Civil Veterinary Department Bihar & Orissa reports 1911-21 - 1911-1921
Year: 1911
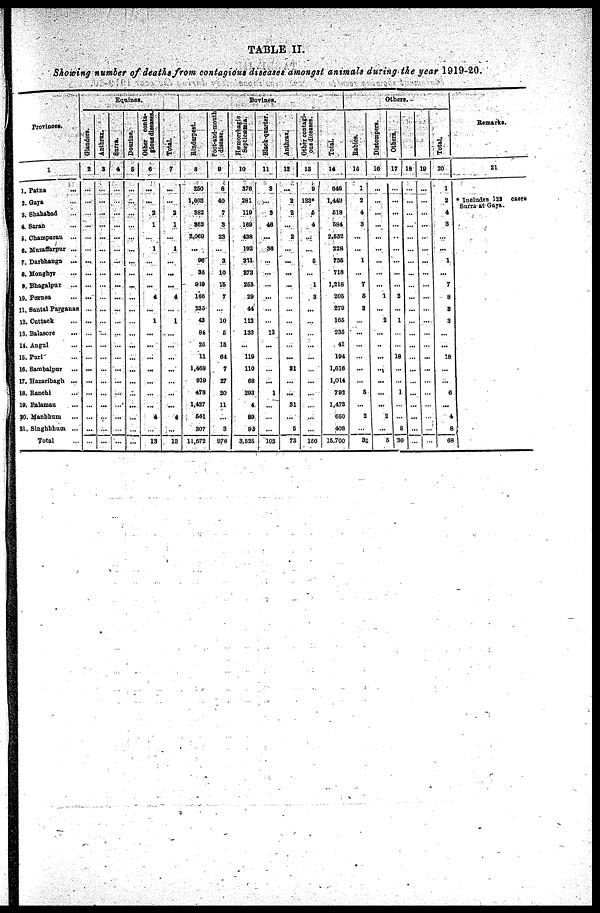
TABLE II.
Showing number of deaths from contagious diseases amongst animals during the year 1919-20.
Provinces .
1
1. Patna ...
2. Gaya ...
3. Shahabad ...
4. Saran ...
5. Champaran
...
6. Muzaffarpur ...
7. Darbhanga
...
8. Mooghyr ...
9. Bhagalpur
...
10. Purnea ...
11. Santal Parganae
12. Cuttack ...
13. Balasore ...
14. Angul ...
15. Puri ...
16. Sambalpur ...
17. Hazaribagh ...
18. Ranchi ...
19. Palamau ...
20. Manbham ...
21. Singhbhum ...
Total ...
Equines.
Glanders.
2
...
...
...
...
...
...
...
...
...
...
...
...
...
...
...
...
...
...
...
...
...
...
Anthrax.
3
...
...
...
...
...
...
...
...
...
...
...
...
...
...
...
...
...
...
...
...
...
...
Surra .
4
...
...
...
...
...
...
...
...
...
...
...
...
...
...
...
...
...
...
...
...
...
...
Dourine.
5
...
...
...
...
...
...
...
...
...
...
...
...
...
...
...
...
...
...
...
...
...
...
Other conts-
gious disease.
6
...
...
2
1
...
1
...
...
...
4
...
1
...
...
...
...
...
...
...
4
...
13
Total.
7
...
...
2
1
...
1
...
...
...
4
...
1
...
...
...
...
...
...
...
4
...
13
Bovines.
Rinderpest.
8
250
1,003
382
862
2.069
...
96
30
919
160
236
43
81
20
11
1,408
919
478
1.427
561
307
11.672
Foot-and-mouth
disease.
9
8
40
7
3
23
...
3
10
16
7
...
10
6
16
61
7
27
20
11
...
3
278
Hæmorrhagic
Septicæmia.
10
376
281
119
169
438
192
311
273
263
29
44
113
133
...
119
110
68
293
4
89
91
3.625
Black-quarter.
11
8
...
3
46
...
36
...
...
...
...
...
...
13
...
...
...
...
1
...
...
...
102
Anthrax.
12
...
2
2
...
2
...
...
...
...
...
...
...
...
...
...
31
...
...
31
...
6
73
Other contagi-
ons diseases.
13
9
123
5
4
...
...
6
...
1
3
...
...
...
...
...
...
...
...
...
...
...
180
Total.
14
646
1,449
618
584
2,632
228
736
718
1,218
205
270
106
236
41
194
1,616
1,014
792
1,473
650
408
16.700
Others.
Rabies.
15
1
2
4
3
...
...
1
...
7
6
3
...
...
...
...
...
...
5
...
2
...
35
Distempers.
16
...
...
...
...
...
...
...
...
...
1
...
2
...
...
...
...
...
...
...
2
...
6
Others.
17
...
...
...
...
...
...
...
...
...
2
...
1
...
...
18
...
...
1
...
...
8
30
18
...
...
...
...
...
...
...
...
...
...
...
...
...
...
...
...
...
...
...
...
...
...
19
...
...
...
...
...
...
...
...
...
...
...
...
...
...
...
...
...
...
...
...
...
...
Total.
20
1
2
4
3
...
...
1
...
7
8
8
3
...
...
18
...
...
6
...
4
8
68
Remarks.
21
* Includes 123 cases
Sarra at Gaya.